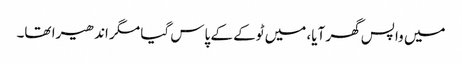
میں واپس گھر آیا، میں ٹوکے کے پاس گیا مگر اندھیرا تھا۔